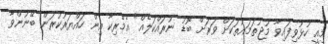
މިއީ ހުޅުވިފައިވާ މުޖުތަމައުތަކަށް ވަރަށް ބޮޑު ނުރައްކަލެއް" އެމެރިކާ އިން ހައްޔަރުކުރަން ބޭނުންވާ